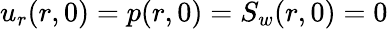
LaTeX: u_{r}(r,0)=p(r,0)=S_{w}(r,0)=0